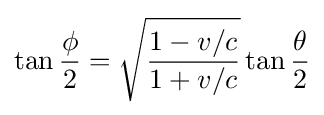
\tan {\frac {\phi }{2}}={\sqrt {\frac {1-v/c}{1+v/c}}}\tan {\frac {\theta }{2}}